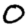
Digit: 0